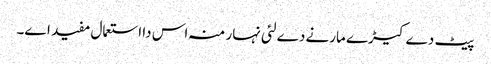
پیٹ دے کیڑے مارنے دے لئی نہار منہ اس دا استعمال مفید ا‏‏ے۔